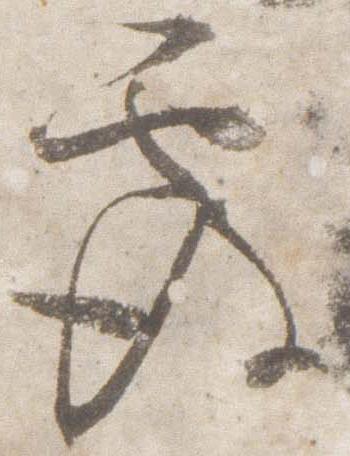
覆